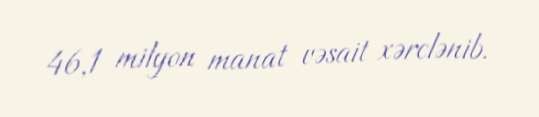
46,1 milyon manat vəsait xərclənib.